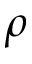
\rho